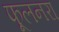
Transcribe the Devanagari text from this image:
फूलनरा